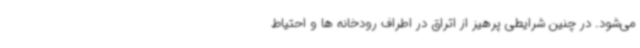
می‌شود. در چنین شرایطی پرهیز از اتراق در اطراف رودخانه ها و احتیاط